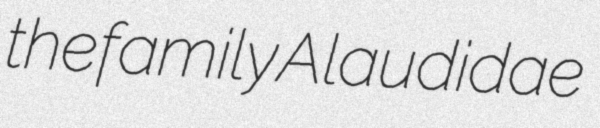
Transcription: the family Alaudidae